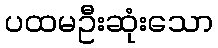
ပထမဦးဆုံးသော